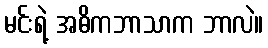
မင်းရဲ့ အဓိကဘာသာက ဘာလဲ။